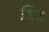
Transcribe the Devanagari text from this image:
श्निट